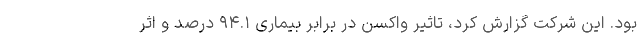
بود. این شرکت گزارش کرد، تاثیر واکسن در برابر بیماری ۹۴.۱ درصد و اثر